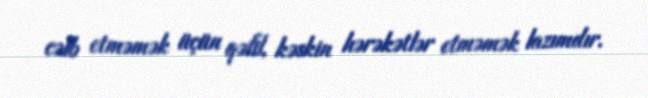
cəlb etməmək üçün qəfil, kəskin hərəkətlər etməmək lazımdır.